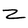
Character: 2